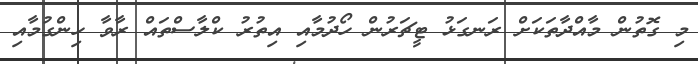
މި ގޮތުން މާއްދާތަކަށް ރަނގަޅު ޓީޗަރުން ހޯދުމާއި އިތުރު ކްލާސްތައް ރާވާ ހިންގުމާއި